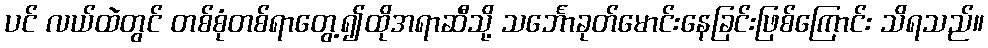
ပင် လယ်ထဲတွင် တစ်စုံတစ်ရာတွေ့၍ထိုအရာဆီသို့ သင်္ဘောခုတ်မောင်းနေခြင်းဖြစ်ကြောင်း သိရသည်။